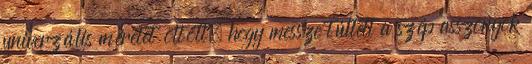
univerzális méretet öltött, hogy messze túltett a szép asszonyok